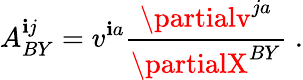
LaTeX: A_{BY}^{\mathbf{i}j}=v^{\mathbf{i}a}{\frac{{\partialv^{ja}}}{{\partialX^{BY}}}}\; .